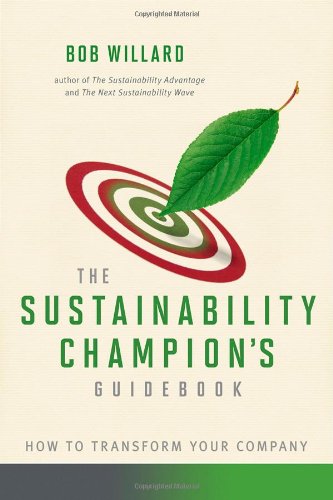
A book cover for The Sustainability Champion's Guidebook: How to Transform Your Company; Bob Willard; Business & Money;